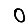
Digit: 0